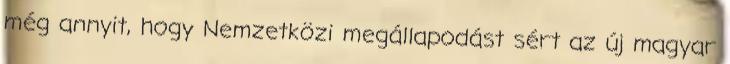
még annyit, hogy Nemzetközi megállapodást sért az új magyar